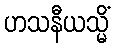
ဟသနီယသ္မိံ